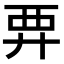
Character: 𧟥